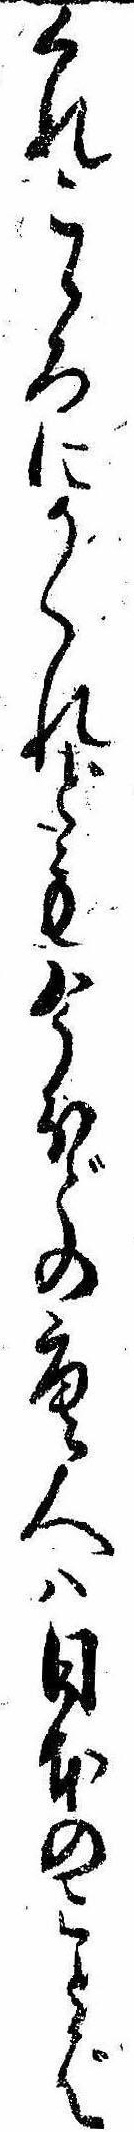
くれこゝろにかくれども今ほどの唐人は日本のことば